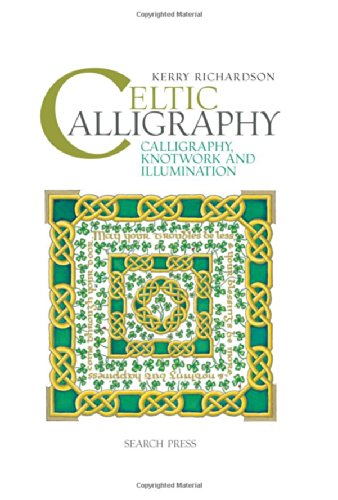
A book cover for Celtic Calligraphy: Calligraphy, Knotwork and Illumination; Kerry Richardson; Arts & Photography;